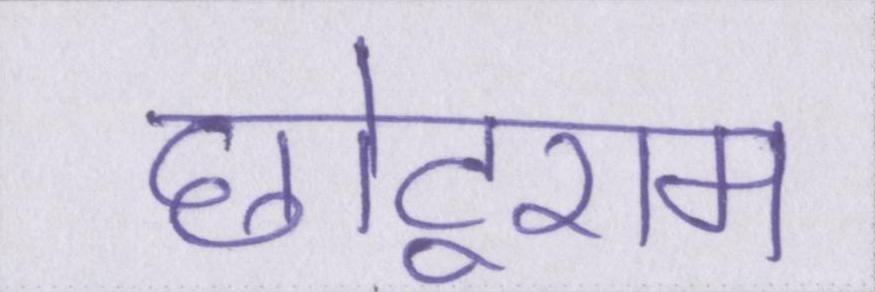
छोटूराम